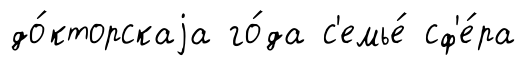
до́кторскаjа го́да с'емье́ сф'е́ра